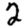
Digit: 2